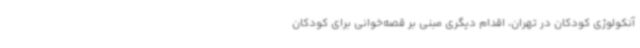
آنکولوژی کودکان در تهران، اقدام دیگری مبنی بر قصه‌خوانی برای کودکان